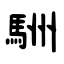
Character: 駲